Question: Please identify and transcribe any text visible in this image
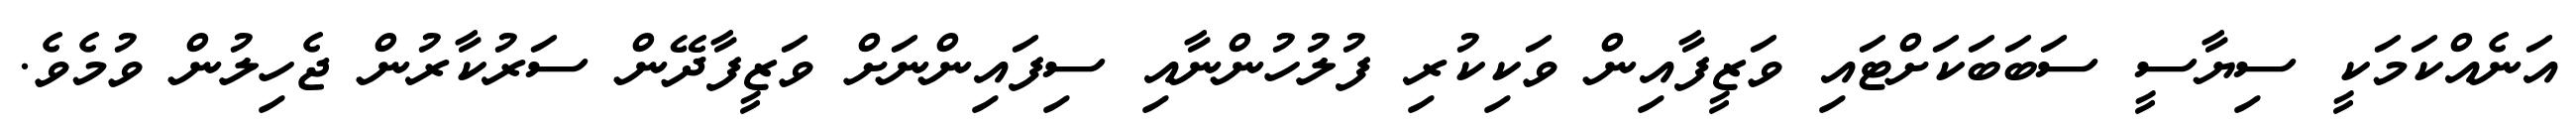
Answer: އަނެއްކަމަކީ ސިޔާސީ ސަބަބަކަށްޓައި ވަޒީފާއިން ވަކިކުރި ފުލުހުންނާއި ސިފައިންނަށް ވަޒީފާދޭން ސަރުކާރުން ޖެހިލުން ވުމެވެ.